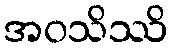
အဝသိဿိ